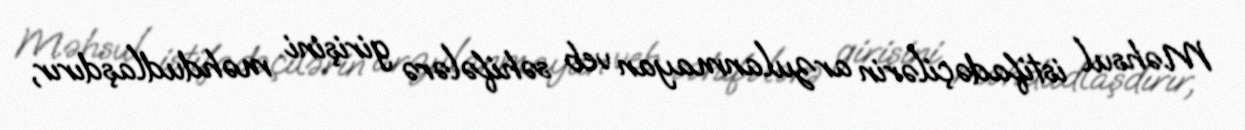
Məhsul istifadəçilərin arzulanmayan veb səhifələrə girişini məhdudlaşdırır,